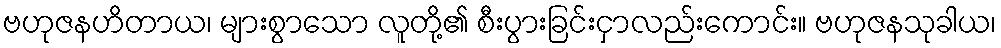
ဗဟုဇနဟိတာယ၊ များစွာသော လူတို့၏ စီးပွားခြင်းငှာလည်းကောင်း။ ဗဟုဇနသုခါယ၊